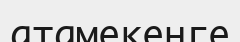
атамекенге